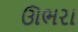
ઊભરા